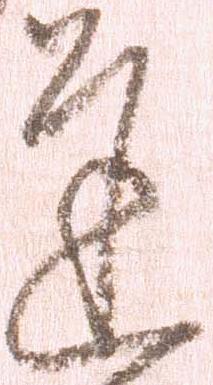
達